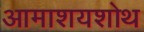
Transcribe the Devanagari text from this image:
आमाशयशोथ